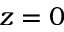
z = 0